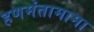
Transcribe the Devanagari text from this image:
हणमंतामामा